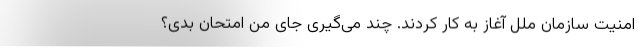
امنیت سازمان ملل آغاز به کار کردند. چند می‌گیری جای من امتحان بدی؟